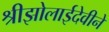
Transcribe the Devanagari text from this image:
श्रीझोलाईदेवीने